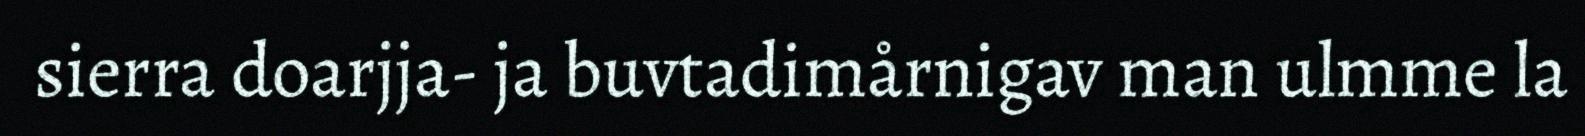
sierra doarjja- ja buvtadimårnigav man ulmme la